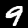
Digit: 9